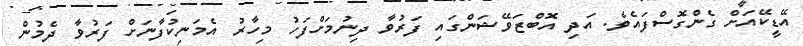
އޭޑީކޭއަށް ގެންގޮސްފައެވެ. އަދި އޮބްޒަވޭޝަންގައި ފަރުވާ ދިނުމަށްފަހު މިހާރު އެމަނިކުފާނަށް ފަރުވާ ދެމުން